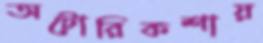
অটোরিকশায়